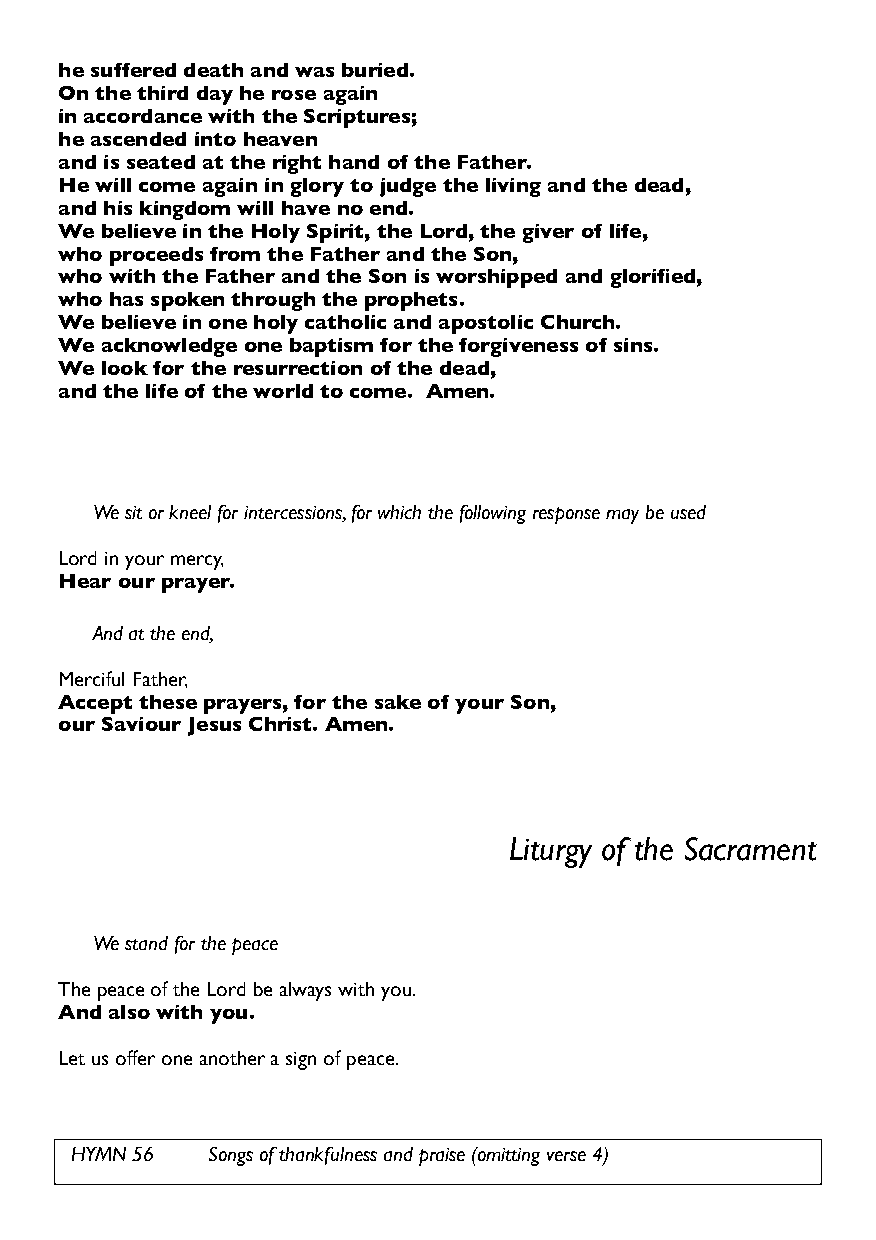
he suffered death and was buried.
 On the third day he rose again
 in accordance with the Scriptures;
 he ascended into heaven
 and is seated at the right hand of the Father.
 He will come again in glory to judge the living and the dead,
 and his kingdom will have no end.
 We believe in the Holy Spirit, the Lord, the giver of life,
 who proceeds from the Father and the Son,
 who with the Father and the Son is worshipped and glorified,
 who has spoken through the prophets.
 We believe in one holy catholic and apostolic Church.
 We acknowledge one baptism for the forgiveness of sins.
 We look for the resurrection of the dead,
 and the life of the world to come. Amen.
 We sit or kneel for intercessions, for which the following response may be used
 Lord in your mercy,
 Hear our prayer.
 And at the end,
 Merciful Father,
 Accept these prayers, for the sake of your Son,
 our Saviour Jesus Christ. Amen.
 Liturgy of the Sacrament
 We stand for the peace
 The peace of the Lord be always with you.
 And also with you.
 Let us offer one another a sign of peace.
 HYMN 56  Songs of thankfulness and praise (omitting verse 4)